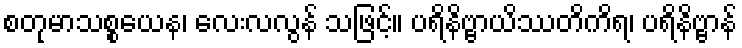
စတုမာသစ္စယေန၊ လေးလလွန် သဖြင့်။ ပရိနိဗ္ဗာယိဿတိကိရ၊ ပရိနိဗ္ဗာန်